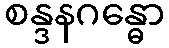
စန္ဒနဂန္ဓော